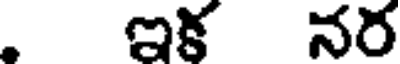
ఇక నర